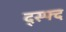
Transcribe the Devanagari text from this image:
द्स्फ्द